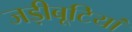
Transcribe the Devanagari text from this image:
जड़ीबूटियां